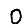
Digit: 0